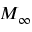
M _ { \infty }